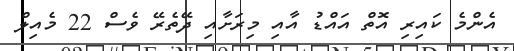
އެންމެ ކައިރި އޮތް އައްޑު އާއި މިރަށާއި ދޭތެރޭ ވެސް 22 މެއިލް